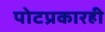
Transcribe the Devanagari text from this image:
पोटप्रकारही